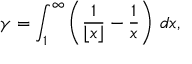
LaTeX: \gamma = \int _ { 1 } ^ { \infty } \left( { \frac { 1 } { \lfloor x \rfloor } } - { \frac { 1 } { x } } \right) \, d x ,